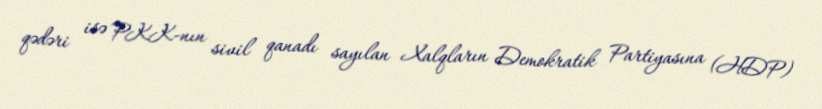
qədəri isə PKK-nın sivil qanadı sayılan Xalqların Demokratik Partiyasına (HDP)